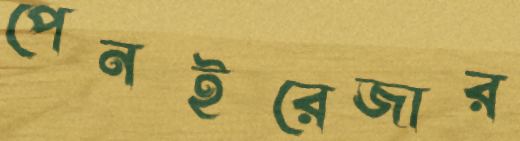
পেনইরেজার